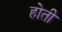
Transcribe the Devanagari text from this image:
हाेती